Investigations into the jail dietaries of the United Provinces with some observations on the influence of dietary on the physical development and well-being of the people of the United Provinces - Number 48
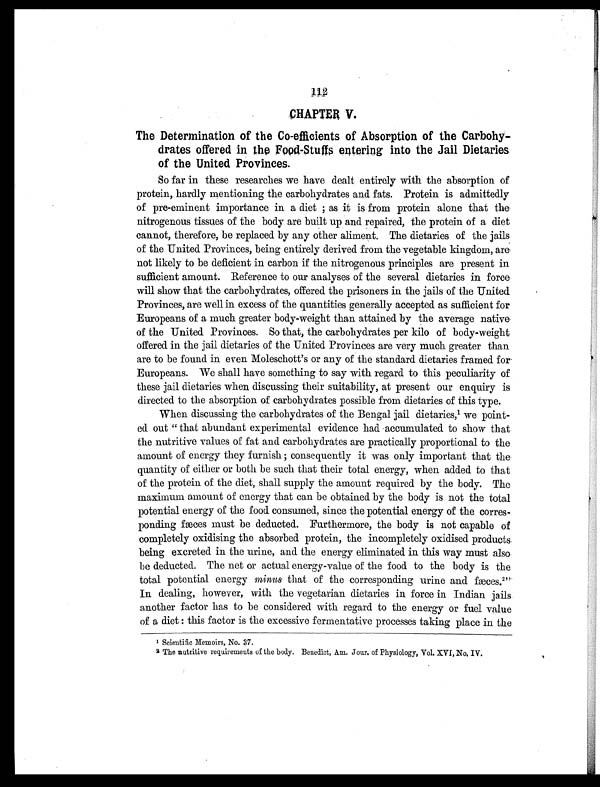
CHAPTER V.
The Determination of the Co-efficients of Absorption of the Carbohy-
drates offered in the Food-Stuffs entering into the Jail Dietaries
of the United Provinces.
So far in these researches we have dealt entirely with the absorption of
protein, hardly mentioning the carbohydrates and fats. Protein is admittedly
of pre-eminent importance in a diet ; as it is from protein alone that the
nitrogenous tissues of the body are built up and repaired, the protein of a diet
cannot, therefore, be replaced by any other aliment. The dietaries of the jails
of the United Provinces, being entirely derived from the vegetable kingdom, are
not likely to be deficient in carbon if the nitrogenous principles are present in
sufficient amount. Reference to our analyses of the several dietaries in force
will show that the carbohydrates, offered the prisoners in the jails of the United
Provinces, are well in excess of the quantities generally accepted as sufficient for
Europeans of a much greater body-weight than attained by the average native
of the United Provinces. So that, the carbohydrates per kilo of body-weight
offered in the jail dietaries of the United Provinces are very much greater than
are to be found in even Moleschott's or any of the standard dietaries framed for
Europeans. We shall have something to say with regard to this peculiarity of
these jail dietaries when discussing their suitability, at present our enquiry is
directed to the absorption of carbohydrates possible from dietaries of this type.
When discussing the carbohydrates of the Bengal jail dietaries,¹ we point-
ed out " that abundant experimental evidence had accumulated to show that
the nutritive values of fat and carbohydrates are practically proportional to the
amount of energy they furnish ; consequently it was only important that the
quantity of either or both be such that their total energy, when added to that
of the protein of the diet, shall supply the amount required by the body. The
maximum amount of energy that can be obtained by the body is not the total
potential energy of the food consumed, since the potential energy of the corres-
ponding fæces must be deducted. Furthermore, the body is not capable of
completely oxidising the absorbed protein, the incompletely oxidised products
being excreted in the urine, and the energy eliminated in this way must also
be deducted. The net or actual energy-value of the food to the body is the
total potential energy minus that of the corresponding urine and fæces.²"
In dealing, however, with the vegetarian dietaries in force in Indian jails
another factor has to be considered with regard to the energy or fuel value
of a diet : this factor is the excessive fermentative processes taking place in the
¹ S c i e n t i f i c M e m o i r s , N o . 3 7 .
² The nutritive requirements of the body. Benedict, Am. Jour. of Physiology, Vol. XVI, No. IV.